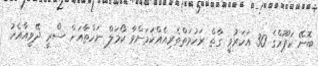
ބޮނޭ ކަޕޫރްގެ 30 އަހަރުވީ ގާތް ރަހުމަތްތެރިއެއްކަމަށްވާ ކޯމަލް ނަހްތާއަށް ސްރީ ދޭވީއާއެކު